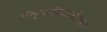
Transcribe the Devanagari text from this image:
कॅल्गारीखालोखाल